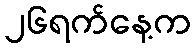
၂၆ရက်နေ့က